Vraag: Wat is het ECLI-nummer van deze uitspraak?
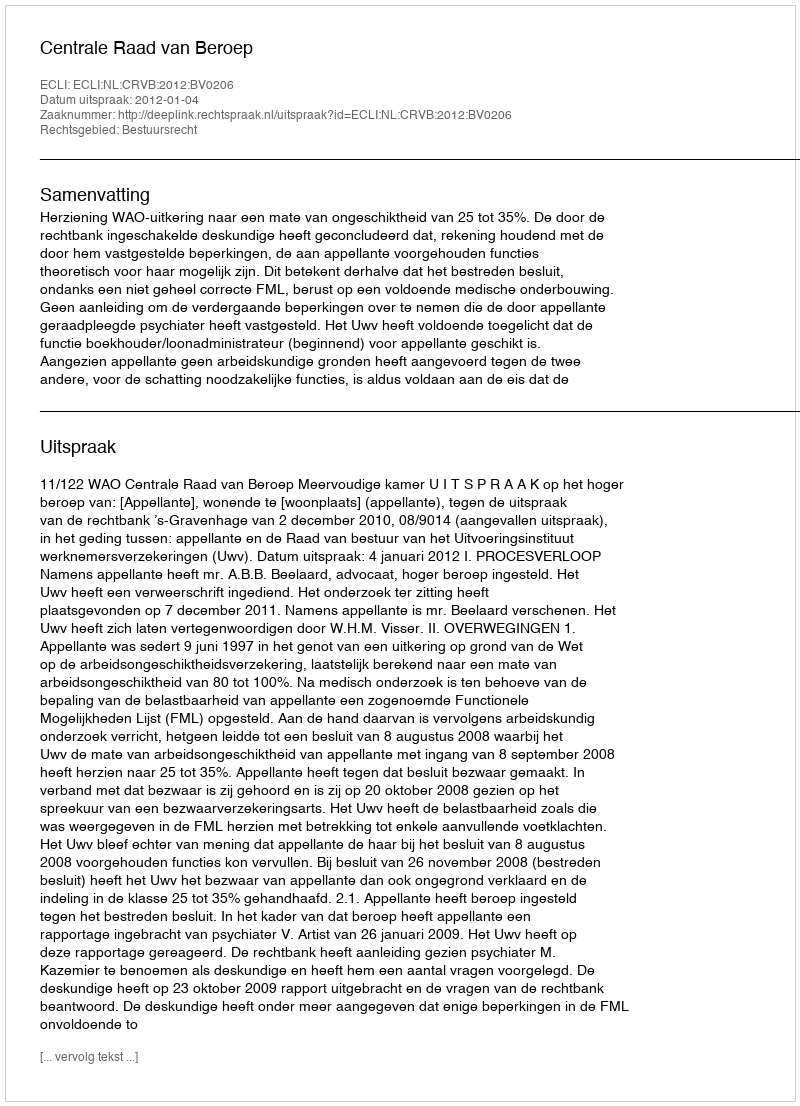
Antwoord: ECLI:NL:CRVB:2012:BV0206